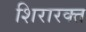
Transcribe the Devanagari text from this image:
शिरारक्त